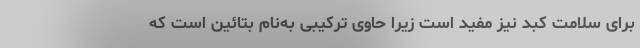
برای سلامت کبد نیز مفید است زیرا حاوی ترکیبی به‌نام بتائین است که